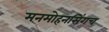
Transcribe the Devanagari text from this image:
मनमोहनसिंगच